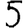
Digit: 5